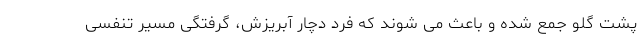
پشت گلو جمع شده و باعث می شوند که فرد دچار آبریزش، گرفتگی مسیر تنفسی